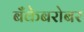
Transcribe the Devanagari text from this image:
बँकेबरोबर